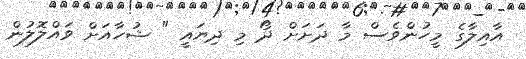
އާއިލާގެ މީހުންވެސް މާ ދަށަށް ދޯ މި ދިޔައީ " ޝުހާއަށް ވައްލޮލުން